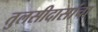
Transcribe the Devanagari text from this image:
तुलसीदासांचा